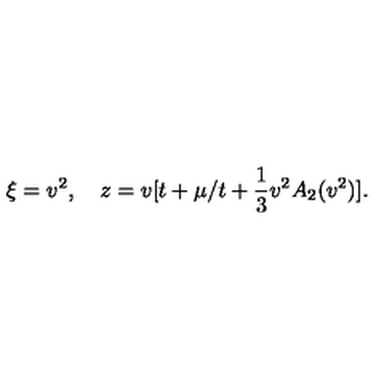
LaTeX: \xi = v ^ { 2 } , \quad z = v [ t + \mu / t + \frac { 1 } { 3 } v ^ { 2 } A _ { 2 } ( v ^ { 2 } ) ] .